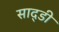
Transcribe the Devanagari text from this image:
साद्डी